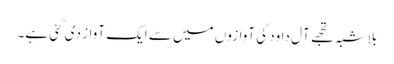
بلاشبہ تجھے آلِ داود کی آوازوں میں سے ایک آواز دی گئی ہے۔